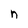
Character: n